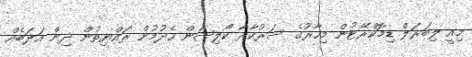
މިއީ ލިބަރަލް ޑިމޮކްރޭޓުން މިހާރުގެ ސަރުކާރާ ކޯލިޝަން ހެދުމުން ރައްޔިތުން ދިން އަދަބެއް